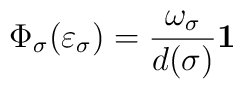
\Phi_\sigma (\varepsilon_\sigma) = \frac{\omega_\sigma}{d(\sigma)} {\bf 1}